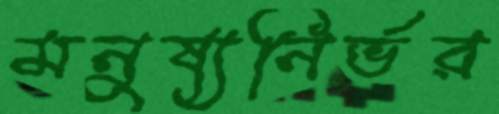
মনুষ্যনির্ভর